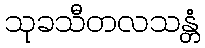
သုခသီတလသန္တံ